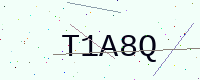
Text: T1A8Q